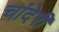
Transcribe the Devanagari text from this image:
चांदेरी